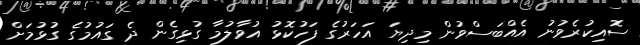
ސޮއިކުރެވުނު އެއްބަސްވުން މިދިޔަ އަހަރުގެ ފަހުކޮޅު އުވާލުމާ ގުޅިގެން ދެ ގައުމުގެ ގުޅުމަށް